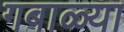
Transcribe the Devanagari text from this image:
गबाळ्या